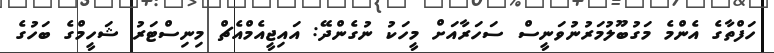
ހަފްތާގެ އެންމެ މަގުބޫލުމަރުނުވަނީސް ސަހަރާއަށް މީހަކު ނުގެންދޭ: އައިޖީއެމްއެޗް މިނިސްޓަރު ޝަހީމްގެ ބަހުގެ